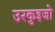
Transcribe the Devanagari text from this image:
उरकुइजो